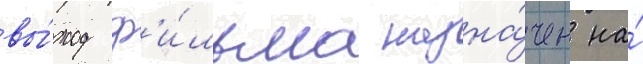
вы́ход ф'и́льма назна́чен на́